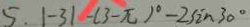
5 . \vert - 3 \vert - ( 3 - \pi ) ^ { \circ } - 2 \sin 3 0 ^ { \circ }